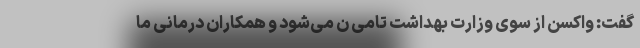
گفت: واکسن از سوی وزارت بهداشت تامی ن می‌شود و همکاران درمانی ما